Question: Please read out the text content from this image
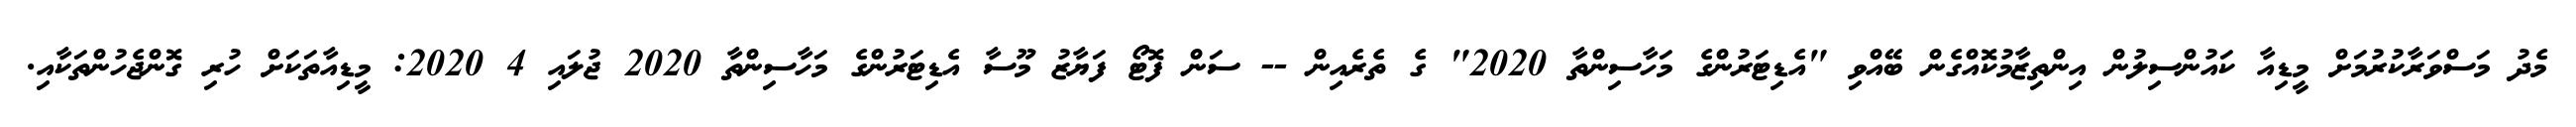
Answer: މެދު މަސްވަރާކުރުމަށް މީޑިއާ ކައުންސިލުން އިންތިޒާމުކޮއްގެން ބޭއްވި "އެޑިޓަރުންގެ މަހާސިންތާ 2020" ގެ ތެރެއިން -- ސަން ފޮޓޯ ފަޔާޒު މޫސާ އެޑިޓަރުންގެ މަހާސިންތާ 2020 ޖުލައި 4 2020: މީޑިއާތަކަށް ހުރި ގޮންޖެހުންތަކާއި.